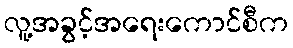
လူ့အခွင့်အရေးကောင်စီက